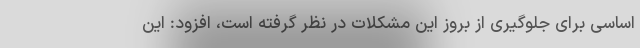
اساسی برای جلوگیری از بروز این مشکلات در نظر گرفته است، افزود: این